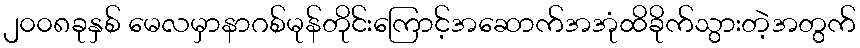
၂၀၀၈ခုနှစ် မေလမှာနာဂစ်မုန်တိုင်းကြောင့်အဆောက်အအုံထိခိုက်သွားတဲ့အတွက်